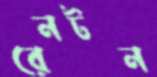
রেনটন